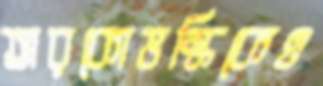
তারকোভস্কিকেও